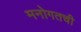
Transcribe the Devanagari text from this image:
मनोगतची